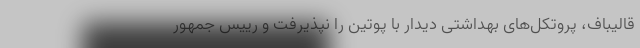
قالیباف، پروتکل‌های بهداشتی دیدار با پوتین را نپذیرفت و رییس جمهور